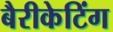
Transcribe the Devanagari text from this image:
बैरीकेटिंग